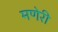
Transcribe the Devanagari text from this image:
मणेरी